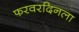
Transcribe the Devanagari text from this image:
फरवरदिनला